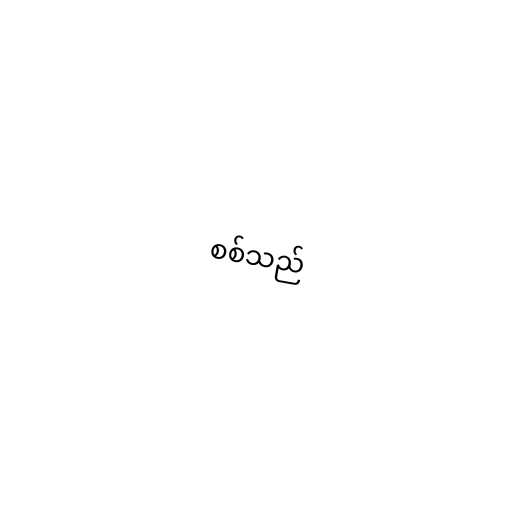
စစ်သည်